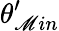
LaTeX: \theta_{\mathscr{M}in}^{\prime}